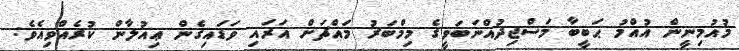
މުއުމިނީން އުއްމު ޙަބީބާ މަސްޖިދުއްނަބަވީގެ މިމްބަރު މައްޗަށް އަރައި ވަޑައިގެން ޢިއުލާން ކުރެއްވިއެވެ: